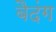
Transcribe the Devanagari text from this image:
बैदंग